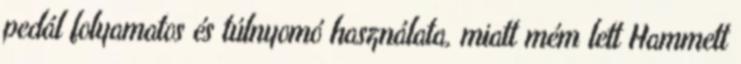
pedál folyamatos és túlnyomó használata, miatt mém lett Hammett